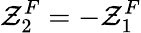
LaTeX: \mathcal{Z}_{2}^{F}=-\mathcal{Z}_{1}^{F}